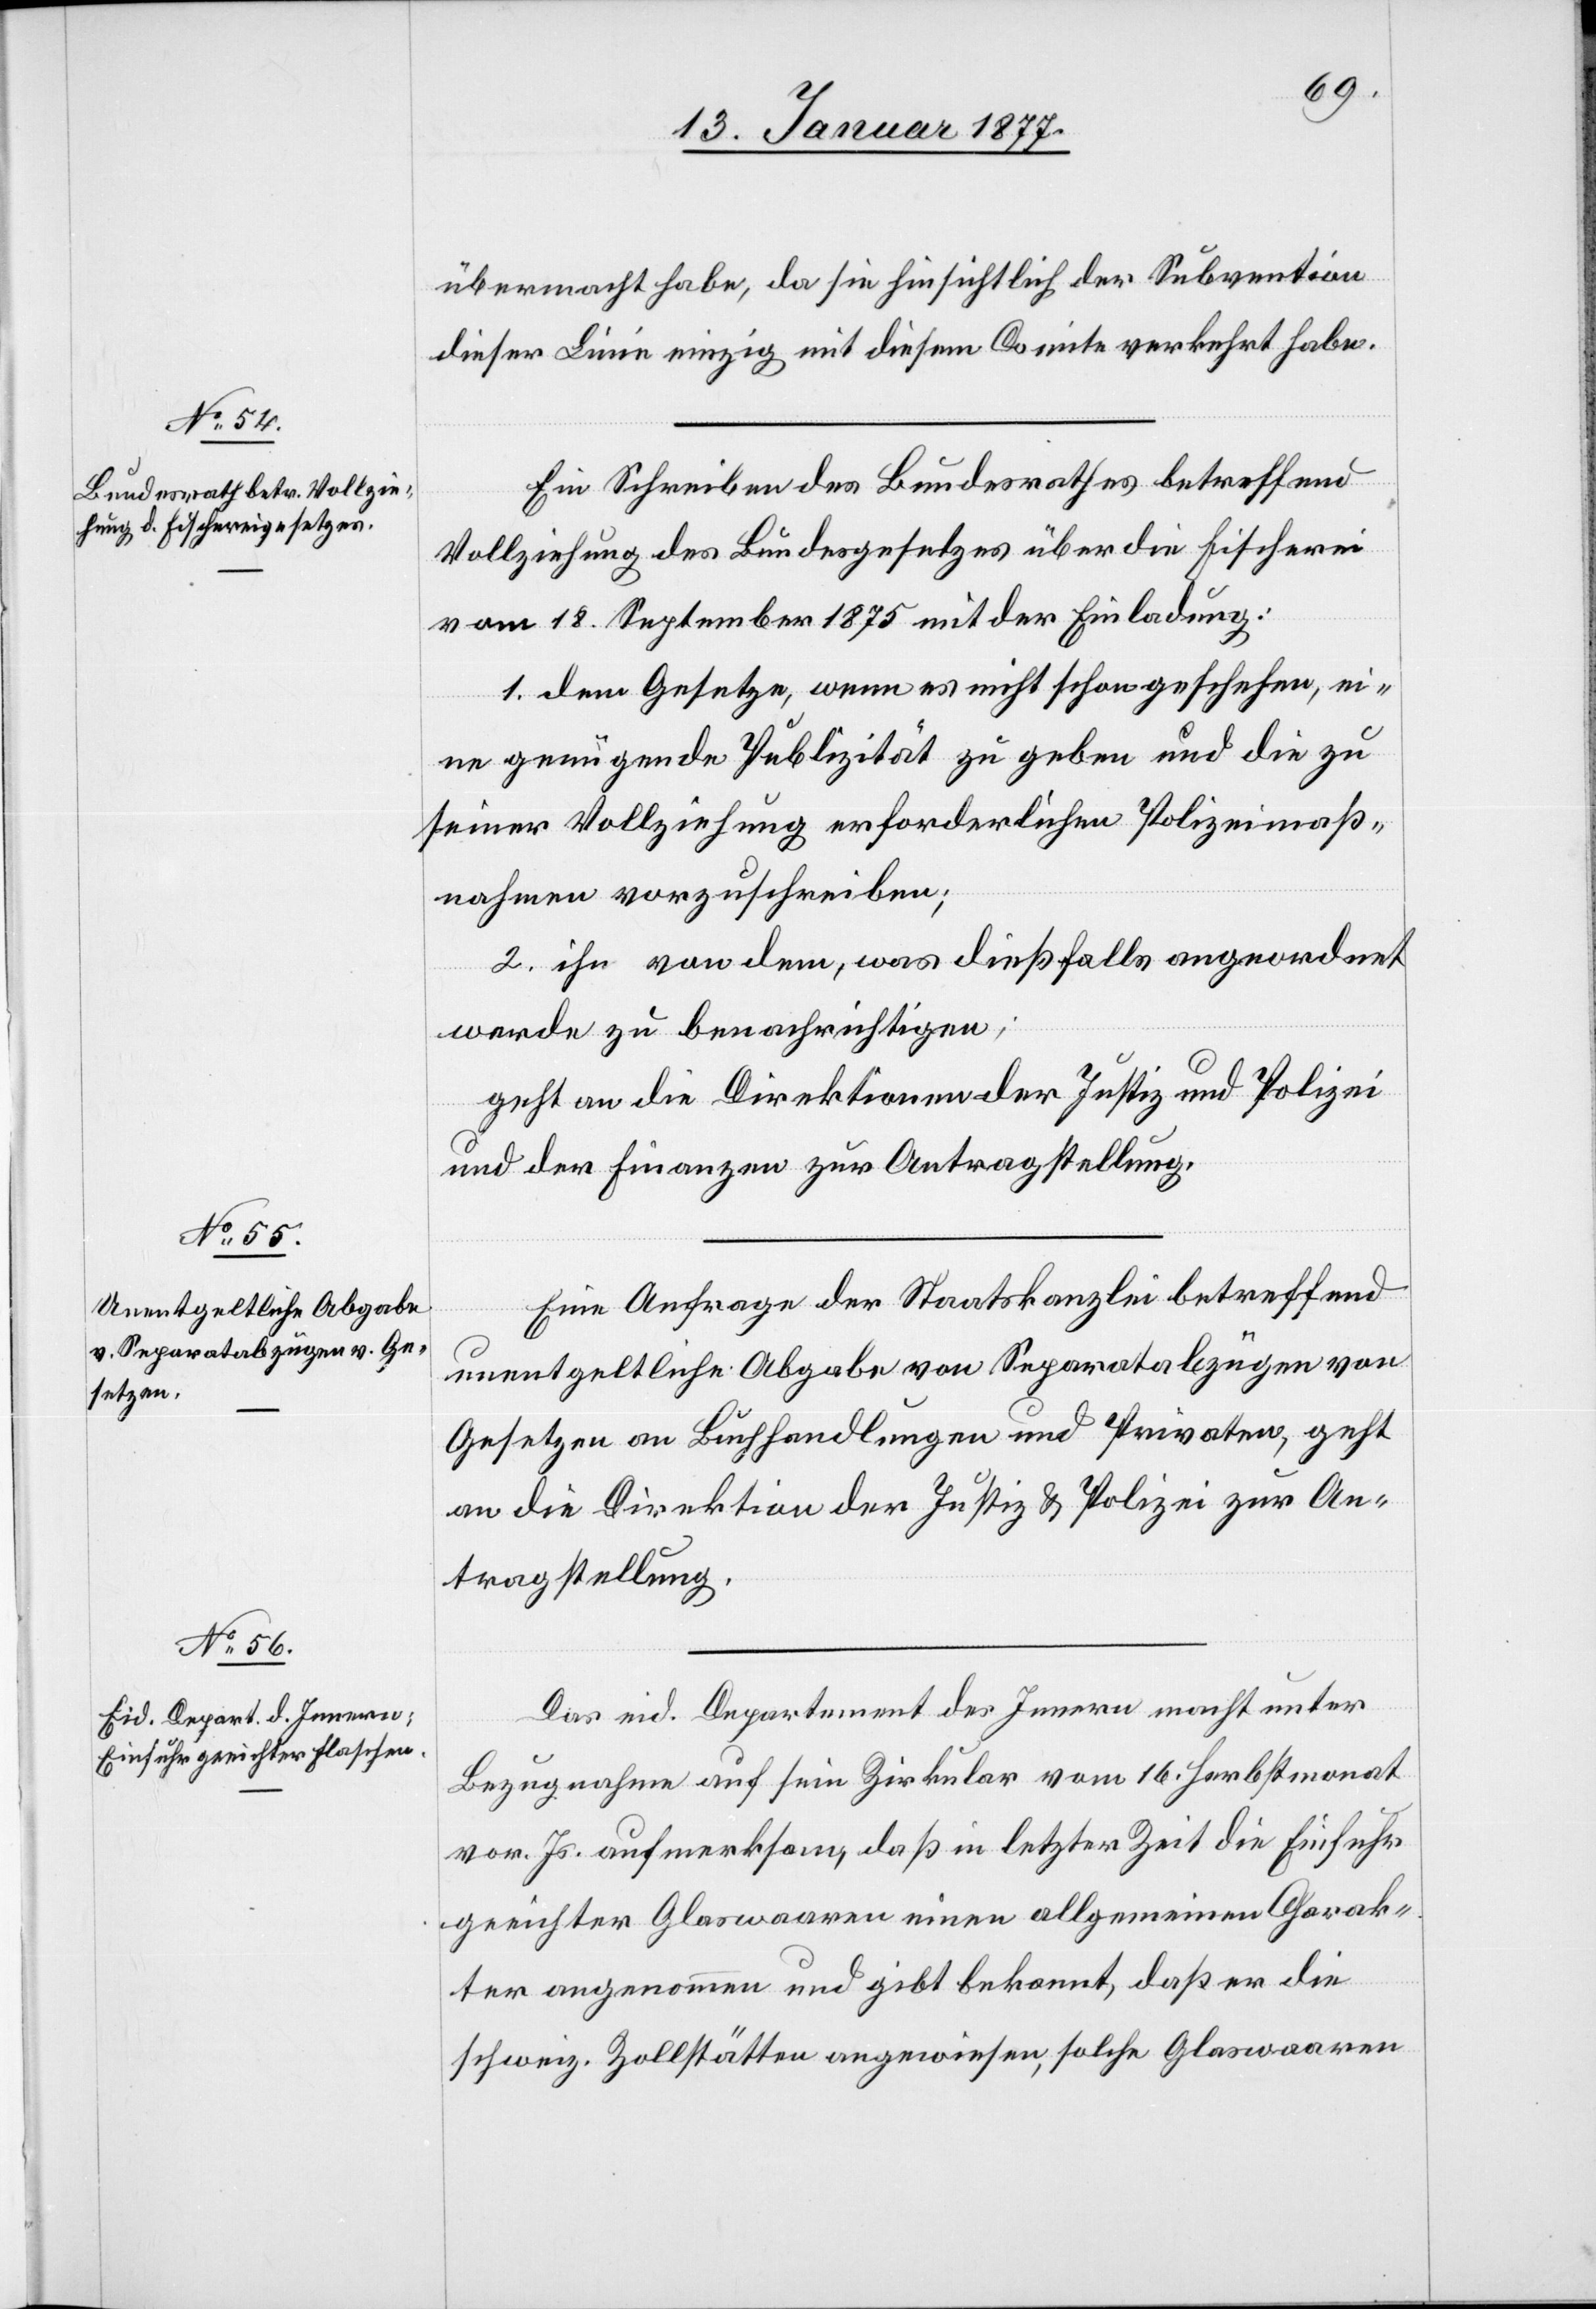
übermacht habe, da sie hinsichtlich der Subvention
dieser Linie einzig mit diesem Comite verkehrt habe.
Ein Schreiben des Bundesrathes betreffend
Vollziehung des Bundesgesetzes über die Fischerei
vom 18. September 1875 mit der Einladung:
1. dem Gesetze, wenn es nicht schon geschehen, ei¬
ne genügende Publizität zu geben und die zu
seiner Vollziehung erforderlichen Polizeimaß¬
nahmen vorzuschreiben;
2. ihn von dem, was dießfalls angeordnet
werde zu benachrichtigen;
geht an die Direktionen der Justiz und Polizei
und der Finanzen zur Antragstellung.
Eine Anfrage der Staatskanzlei betreffend
unentgeltliche Abgabe von Separatabzügen von
Gesetzen an Buchhandlungen und Privaten, geht
an die Direktion der Justiz & Polizei zur An¬
tragstellung.
Das eid. Departement des Innern macht unter
Bezugnahme auf sein Zirkular vom 16. Herbstmonat
vor. Js. aufmerksam, daß in letzter Zeit die Einfuhr
geeichter Glaswaaren einen allgemeinen Charak¬
ter angenommen und gibt bekannt, daß er die
schweiz. Zollstätten angewiesen, solche Glaswaaren